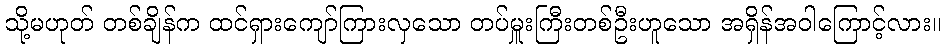
သို့မဟုတ် တစ်ချိန်က ထင်ရှားကျော်ကြားလှသော တပ်မှူးကြီးတစ်ဦးဟူသော အရှိန်အဝါကြောင့်လား။